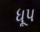
ધૂપ